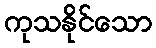
ကုသနိုင်သော